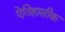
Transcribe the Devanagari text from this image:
एेतिहासीक